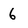
Character: 6